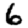
Digit: 6